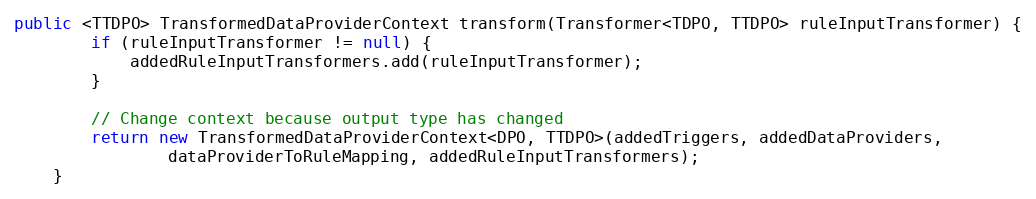
Language: Java
public <TTDPO> TransformedDataProviderContext transform(Transformer<TDPO, TTDPO> ruleInputTransformer) {
        if (ruleInputTransformer != null) {
            addedRuleInputTransformers.add(ruleInputTransformer);
        }

        // Change context because output type has changed
        return new TransformedDataProviderContext<DPO, TTDPO>(addedTriggers, addedDataProviders,
                dataProviderToRuleMapping, addedRuleInputTransformers);
    }